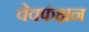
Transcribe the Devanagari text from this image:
वेवफंक्षन